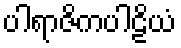
ပါရာဇိကပါဠိယံ